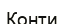
Конти